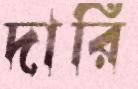
দারি